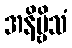
အနိဗ္ဗိသံ